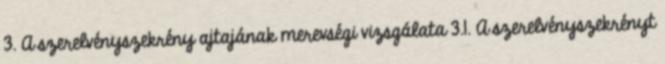
3. A szerelvényszekrény ajtajának merevségi vizsgálata 3.1. A szerelvényszekrényt